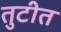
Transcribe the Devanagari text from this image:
तुटीत